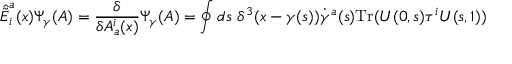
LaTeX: \hat { \tilde { E } } _ { i } ^ { a } ( x ) \Psi _ { \gamma } ( A ) = { \frac { \delta } { \delta A _ { a } ^ { i } ( x ) } } \Psi _ { \gamma } ( A ) = \oint d s \ \delta ^ { 3 } ( x - \gamma ( s ) ) \dot { \gamma } ^ { a } ( s ) \mathrm { T r } ( U ( 0 , s ) \tau ^ { i } U ( s , 1 ) )